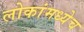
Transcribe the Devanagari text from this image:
लोकांमध्येच